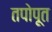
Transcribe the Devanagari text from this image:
तपोपूत